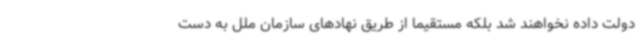
دولت داده نخواهند شد بلکه مستقیما از طریق نهادهای سازمان ملل به دست